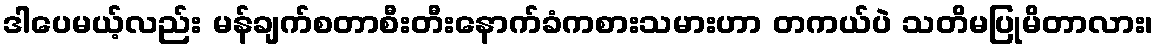
ဒါပေမယ့်လည်း မန်ချက်စတာစီးတီးနောက်ခံကစားသမားဟာ တကယ်ပဲ သတိမပြုမိတာလား၊